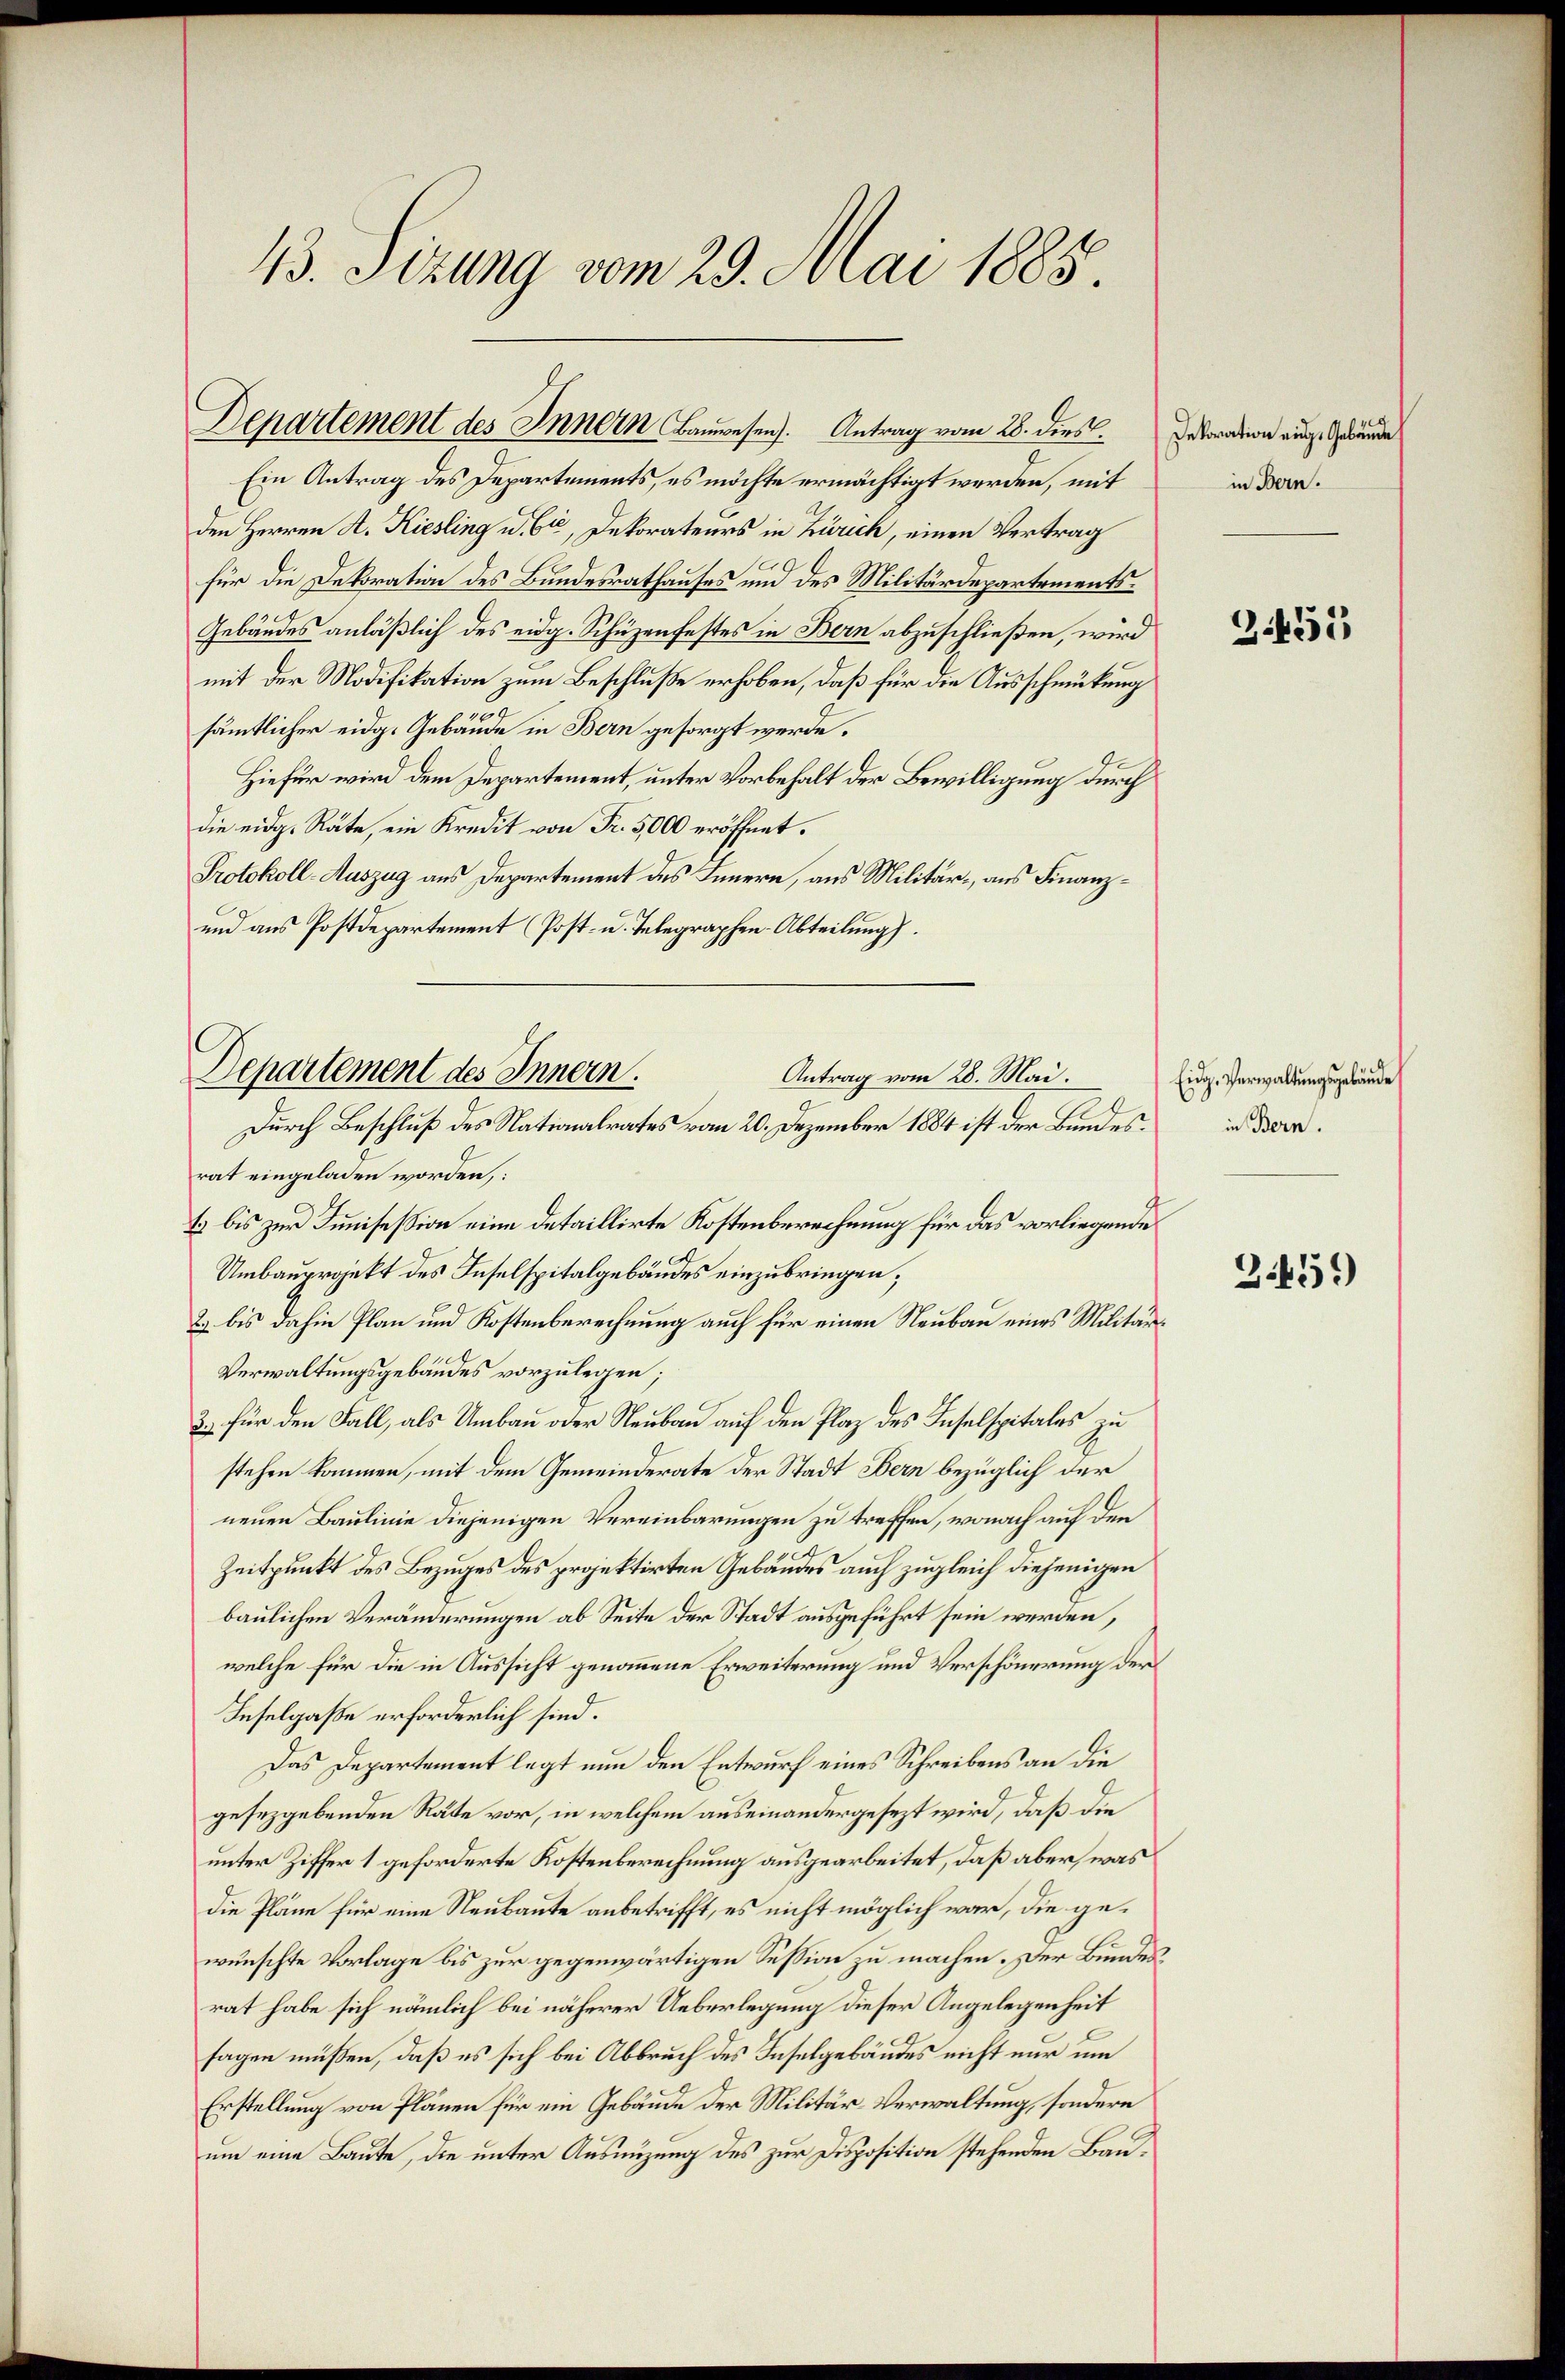
Ein Antrag des Departements, es möchte ermächtigt werden, mit
den Herren A. Kiesling u. Cie, Dekorateurs in Zürich, einen Vertrag
für die Dekoration des Bundesrathauses und des Militärdepartements¬
Gebäudes anläßlich des eidg. Schüzenfestes in Bern abzuschließen, wird
mit der Modifikation zum Beschluße erhoben, daß für die Ausschmückung
2
sämmtlicher eidg. Gebäude in Bern gesorgt werde.
Hiefür wird dem Departement, unter Vorbehalt der Bewilligung durch
die eidg. Räte, ein Kredit von Fr. 5000 eröffnet.
Protokoll-Auszug aus Departement des Innern, aus Militär- aus Finanz¬
und aus Postdepartement (Post- u. Telegraphen-Abteilung).
rat eingeladen worden,
1 bis zur Junisession eine detaillirte Kostenberechnung für das vorliegende
Umbauprojekt des Inselspitalgebäudes einzubringen;
2 bis dahin Plan und Kostenberechnung auch für einen Neubau eines Militär¬
Verwaltungsgebäudes vorzulegen;
3.) für den Fall, als Umbau oder Neubau auf den Plaz des Inselspitales zu
stehen kommen, mit dem Gemeinderate der Stadt Bern bezüglich der
neuen Baulinie diejenigen Vereinbarungen zu treffen, wonach auf den
Zeitpunkt des Bezuges des projektirten Gebäudes auch zugleich diejenigen
baulichen Veränderungen ab Seite der Stadt ausgeführt sein werden,
welche für die in Aussicht genommene Erweiterung und Verschönerung der
Inselgaße erforderlich sind.
Das Departement legt nun den Entwurf eines Schreibens an die
gesezgebenden Räte vor, in welchem auseinandergesezt wird, daß die
unter Ziffer 1 geforderte Kostenberechnung ausgearbeitet, daß aber, was
die Pläne für eine Neubaute anbetrifft, es nicht möglich war, die gewünschte Vorlage bis zur gegenwärtigen Session zu machen. Der Bundesrat habe sich nämlich bei näherer Ueberlegung dieser Angelegenheit
sagen müßen, daß es sich bei Abbruch des Inselgebäudes nicht nur um
Erstellung von Plänen für ein Gebäude der Militär-Verwaltung, sondern
um eine Baute, die unter Ausnüzung des zur Disposition stehenden Bau¬

13. Sizung vom 29. Mai 1885.

Departement des Innern Bauwesen). Antrag vom 28. dies

Departement des Innern.
Antrag vom 28. Mai.
Durch Beschluß des Nationalrates vom 20. Dezember 1884 ist der Bundes¬

Dekoration einge Gebäude,
in Bern.

3455

Eidg. Verwaltungsgebäude
in Bern.

3459)